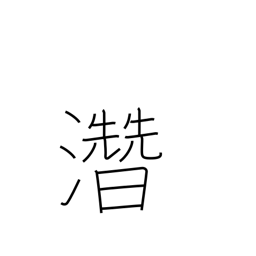
Meaning: hidden